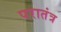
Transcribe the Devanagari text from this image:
परातंत्र